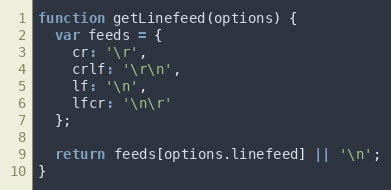
Language: JavaScript
function getLinefeed(options) {
  var feeds = {
    cr: '\r',
    crlf: '\r\n',
    lf: '\n',
    lfcr: '\n\r'
  };

  return feeds[options.linefeed] || '\n';
}